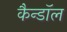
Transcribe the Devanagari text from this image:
कैन्डॉल